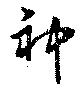
神